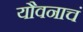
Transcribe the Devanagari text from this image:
यौवनाचं